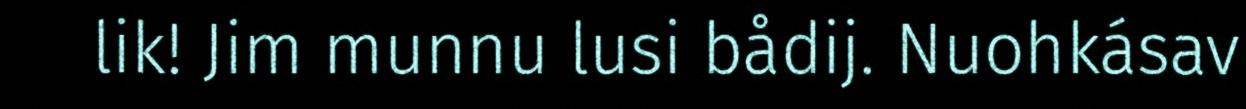
lik! Jim munnu lusi bådij. Nuohkásav